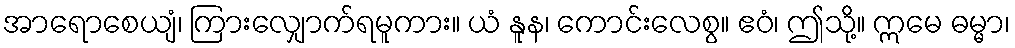
အာရောစေယျံ၊ ကြားလျှောက်ရမူကား။ ယံ နူန၊ ကောင်းလေစွ။ ဧဝံ၊ ဤသို့။ ဣမေ ဓမ္မာ၊